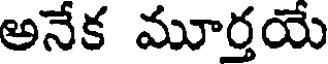
అనేక మూర్తయే